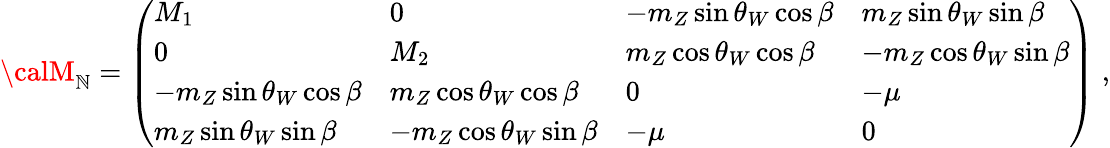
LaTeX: {\calM}_{\cal\mathbb{N}}=\left(\begin{array}{llll}{{M_{1}}}&{{0}}&{{-m_{Z}\sin\theta_{W}\cos\beta}}&{{m_{Z}\sin\theta_{W}\sin\beta}}\\ {{0}}&{{M_{2}}}&{{m_{Z}\cos\theta_{W}\cos\beta}}&{{-m_{Z}\cos\theta_{W}\sin\beta}}\\ {{-m_{Z}\sin\theta_{W}\cos\beta}}&{{m_{Z}\cos\theta_{W}\cos\beta}}&{{0}}&{{-\mu}}\\ {{m_{Z}\sin\theta_{W}\sin\beta}}&{{-m_{Z}\cos\theta_{W}\sin\beta}}&{{-\mu}}&{{0}}\end{array}\right)\; ,